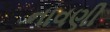
નાવણી